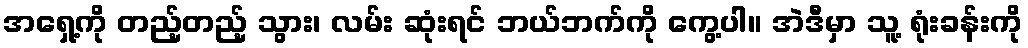
အရှေ့ကို တည့်တည့် သွား၊ လမ်း ဆုံးရင် ဘယ်ဘက်ကို ကွေ့ပါ။ အဲဒီမှာ သူ့ ရုံးခန်းကို